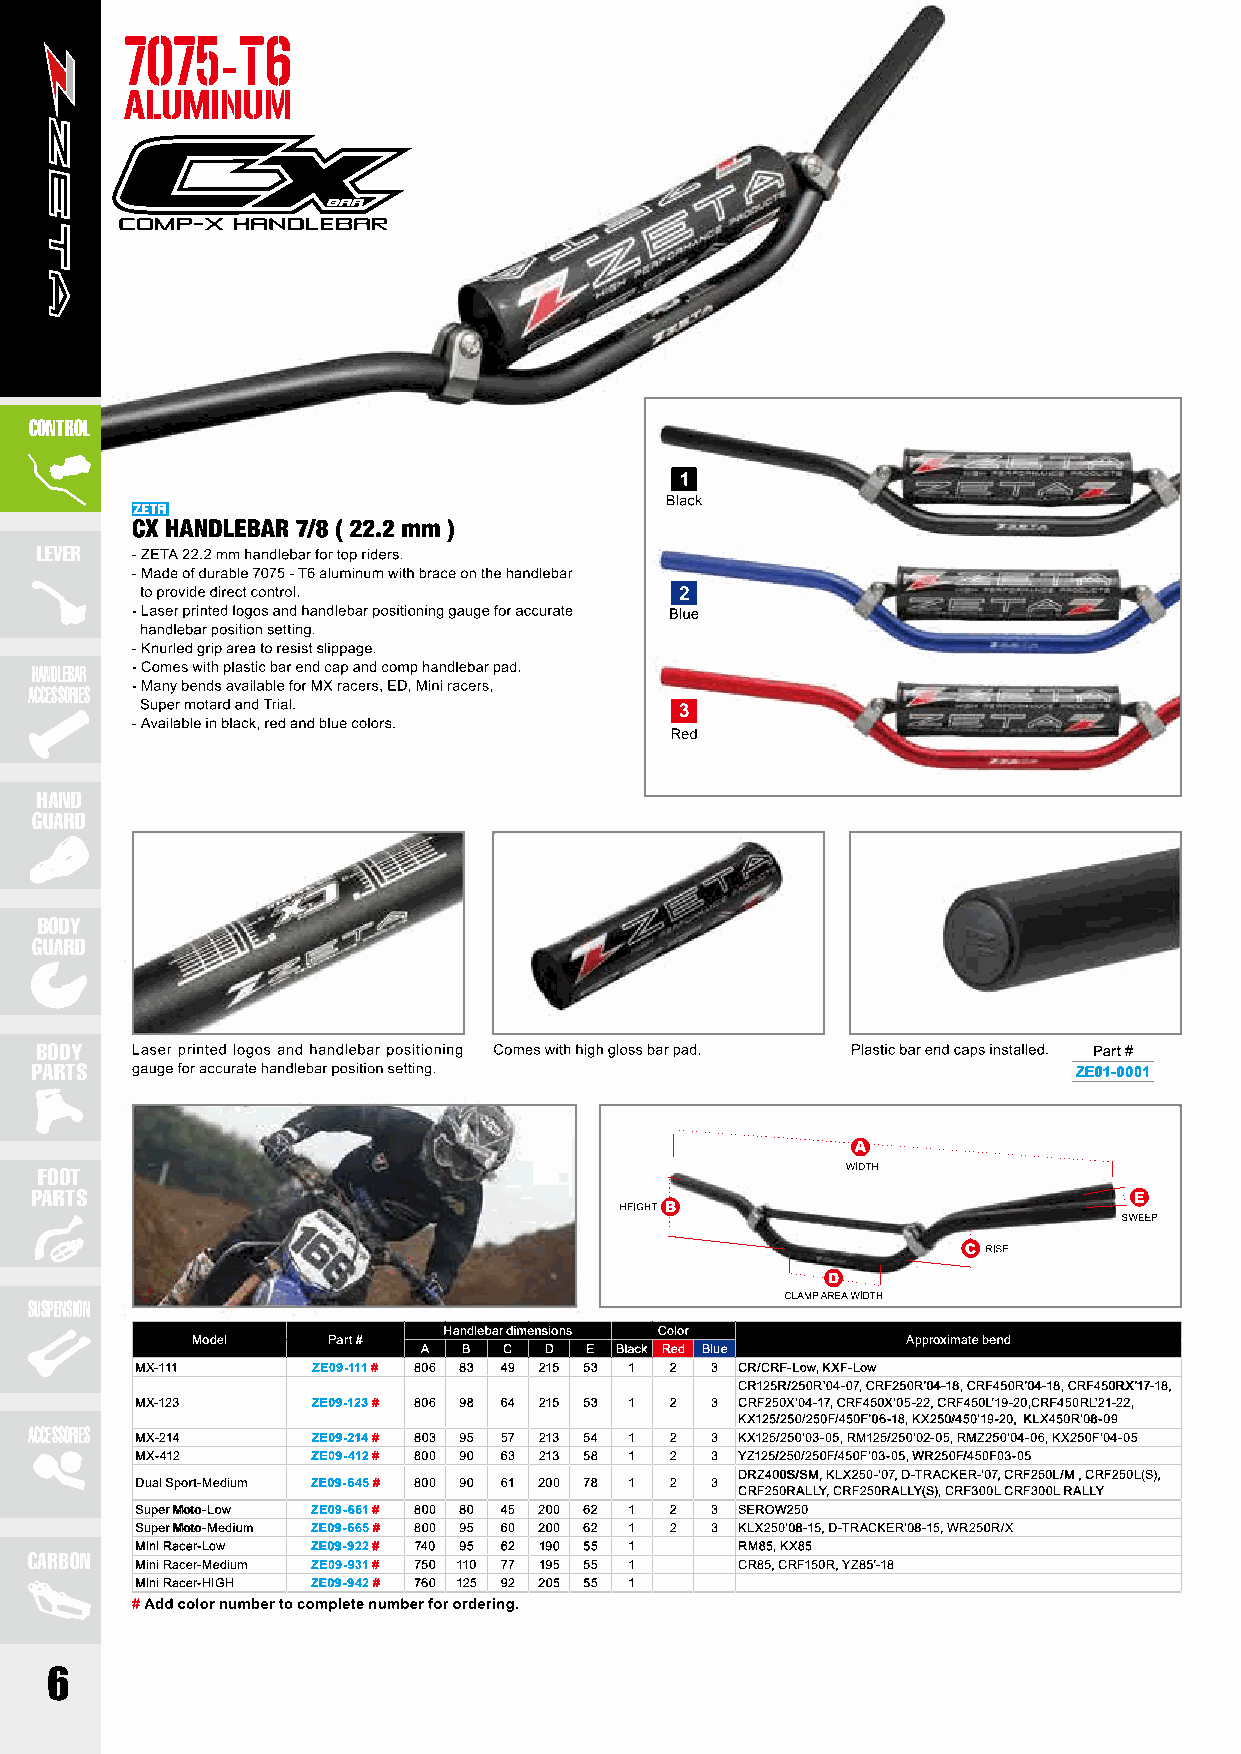
CONTROL
 LEVER
 HANDLEBAR
 ACCESSORIES
 HAND
 GUARD
 BODY
 GUARD
 BODY                                                                  Part #
 PARTS                                                                ZE01-0001
 FOOT
 PARTS
 SUSPENSION
 Handlebar dimensions Color
 Model    Part #                                Approximate bend
 A  B C  D  E Black Red Blue
 MX-111      ZE09-111 # 806 83 49 215 53 1 2 3 CR/CRF-Low, KXF-Low
 CR125R/250R’04-07, CRF250R’04-18, CRF450R’04-18, CRF450RX’17-18,
 MX-123      ZE09-123 # 806 98 64 215 53 1 2 3 CRF250X’04-17, CRF450X’05-22, CRF450L’19-20,CRF450RL’21-22,
 KX125/250/250F/450F’06-18, KX250/450’19-20, KLX450R’08-09
 ACCESSORIES
 MX-214      ZE09-214 # 803 95 57 213 54 1 2 3 KX125/250’03-05, RM125/250’02-05, RMZ250’04-06, KX250F’04-05
 MX-412      ZE09-412 # 800 90 63 213 58 1 2 3 YZ125/250/250F/450F’03-05, WR250F/450F03-05
 DRZ400S/SM, KLX250-’07, D-TRACKER-’07, CRF250L/M , CRF250L(S),
 Dual Sport-Medium ZE09-645 # 800 90 61 200 78 1 2 3
 CRF250RALLY, CRF250RALLY(S), CRF300L CRF300L RALLY
 Super Moto-Low ZE09-661 # 800 80 45 200 62 1 2 3 SEROW250
 Super Moto-Medium ZE09-665 # 800 95 60 200 62 1 2 3 KLX250’08-15, D-TRACKER’08-15, WR250R/X
 Mini Racer-Low ZE09-922 # 740 95 62 190 55 1 RM85, KX85
 CARBON
 Mini Racer-Medium ZE09-931 # 750 110 77 195 55 1 CR85, CRF150R, YZ85’-18
 Mini Racer-HIGH ZE09-942 # 760 125 92 205 55 1
 6